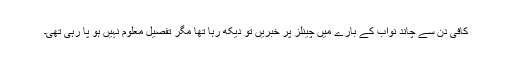
کافی دن سے چاند نواب کے بارے میں چینلز پر خبریں تو دیکھ رہا تھا مگر تفصیل معلوم نہیں ہو پا رہی تھی۔